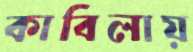
কাবিলায়